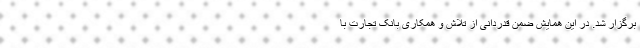
برگزار شد. در این همایش ضمن قدردانی از تلاش و همکاری بانک تجارت با